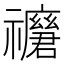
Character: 𥜢